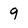
Character: 9